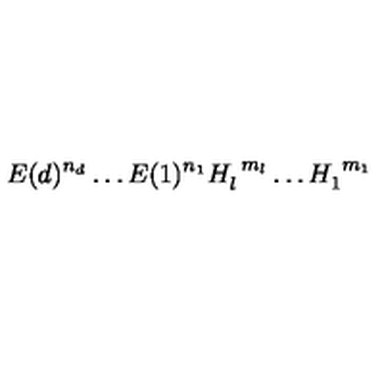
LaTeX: E ( d ) ^ { n _ { d } } \dots E ( 1 ) ^ { n _ { 1 } } H _ { l } ^ { \ m _ { l } } \dots H _ { 1 } ^ { \ m _ { 1 } } \,